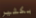
بكثير